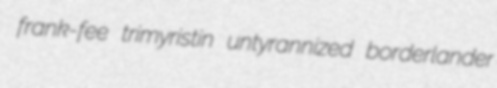
frank-fee trimyristin untyrannized borderlander